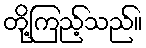
တို့ကြည့်သည်။